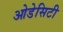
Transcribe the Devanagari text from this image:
ओडेसिटी